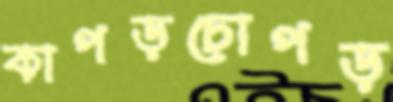
কাপড়চোপড়